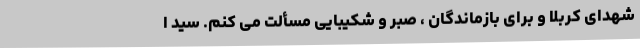
شهدای کربلا و برای بازماندگان ، صبر و شکیبایی مسألت می کنم. سید ا